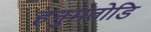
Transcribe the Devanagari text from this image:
हनुमतोडि